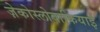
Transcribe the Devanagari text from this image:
ज़ेकोस्लोवाकियाई